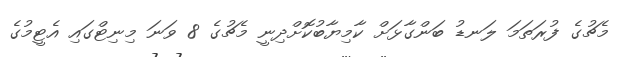
މެޗުގެ ފުރަތަމަ ލަނޑު ބަންގާޅަަށް ކާމިޔާބުކޮށްދިނީ މެޗުގެ 8 ވަނަ މިނިޓްގައި އެޓީމުގެ